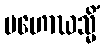
မဟောဃသ္မိံ